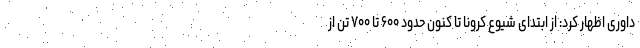
داوری اظهار کرد: از ابتدای شیوع کرونا تا کنون حدود ۶۰۰ تا ۷۰۰ تن از